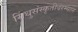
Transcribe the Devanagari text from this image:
सिंधुसंस्कृतीदरम्यान